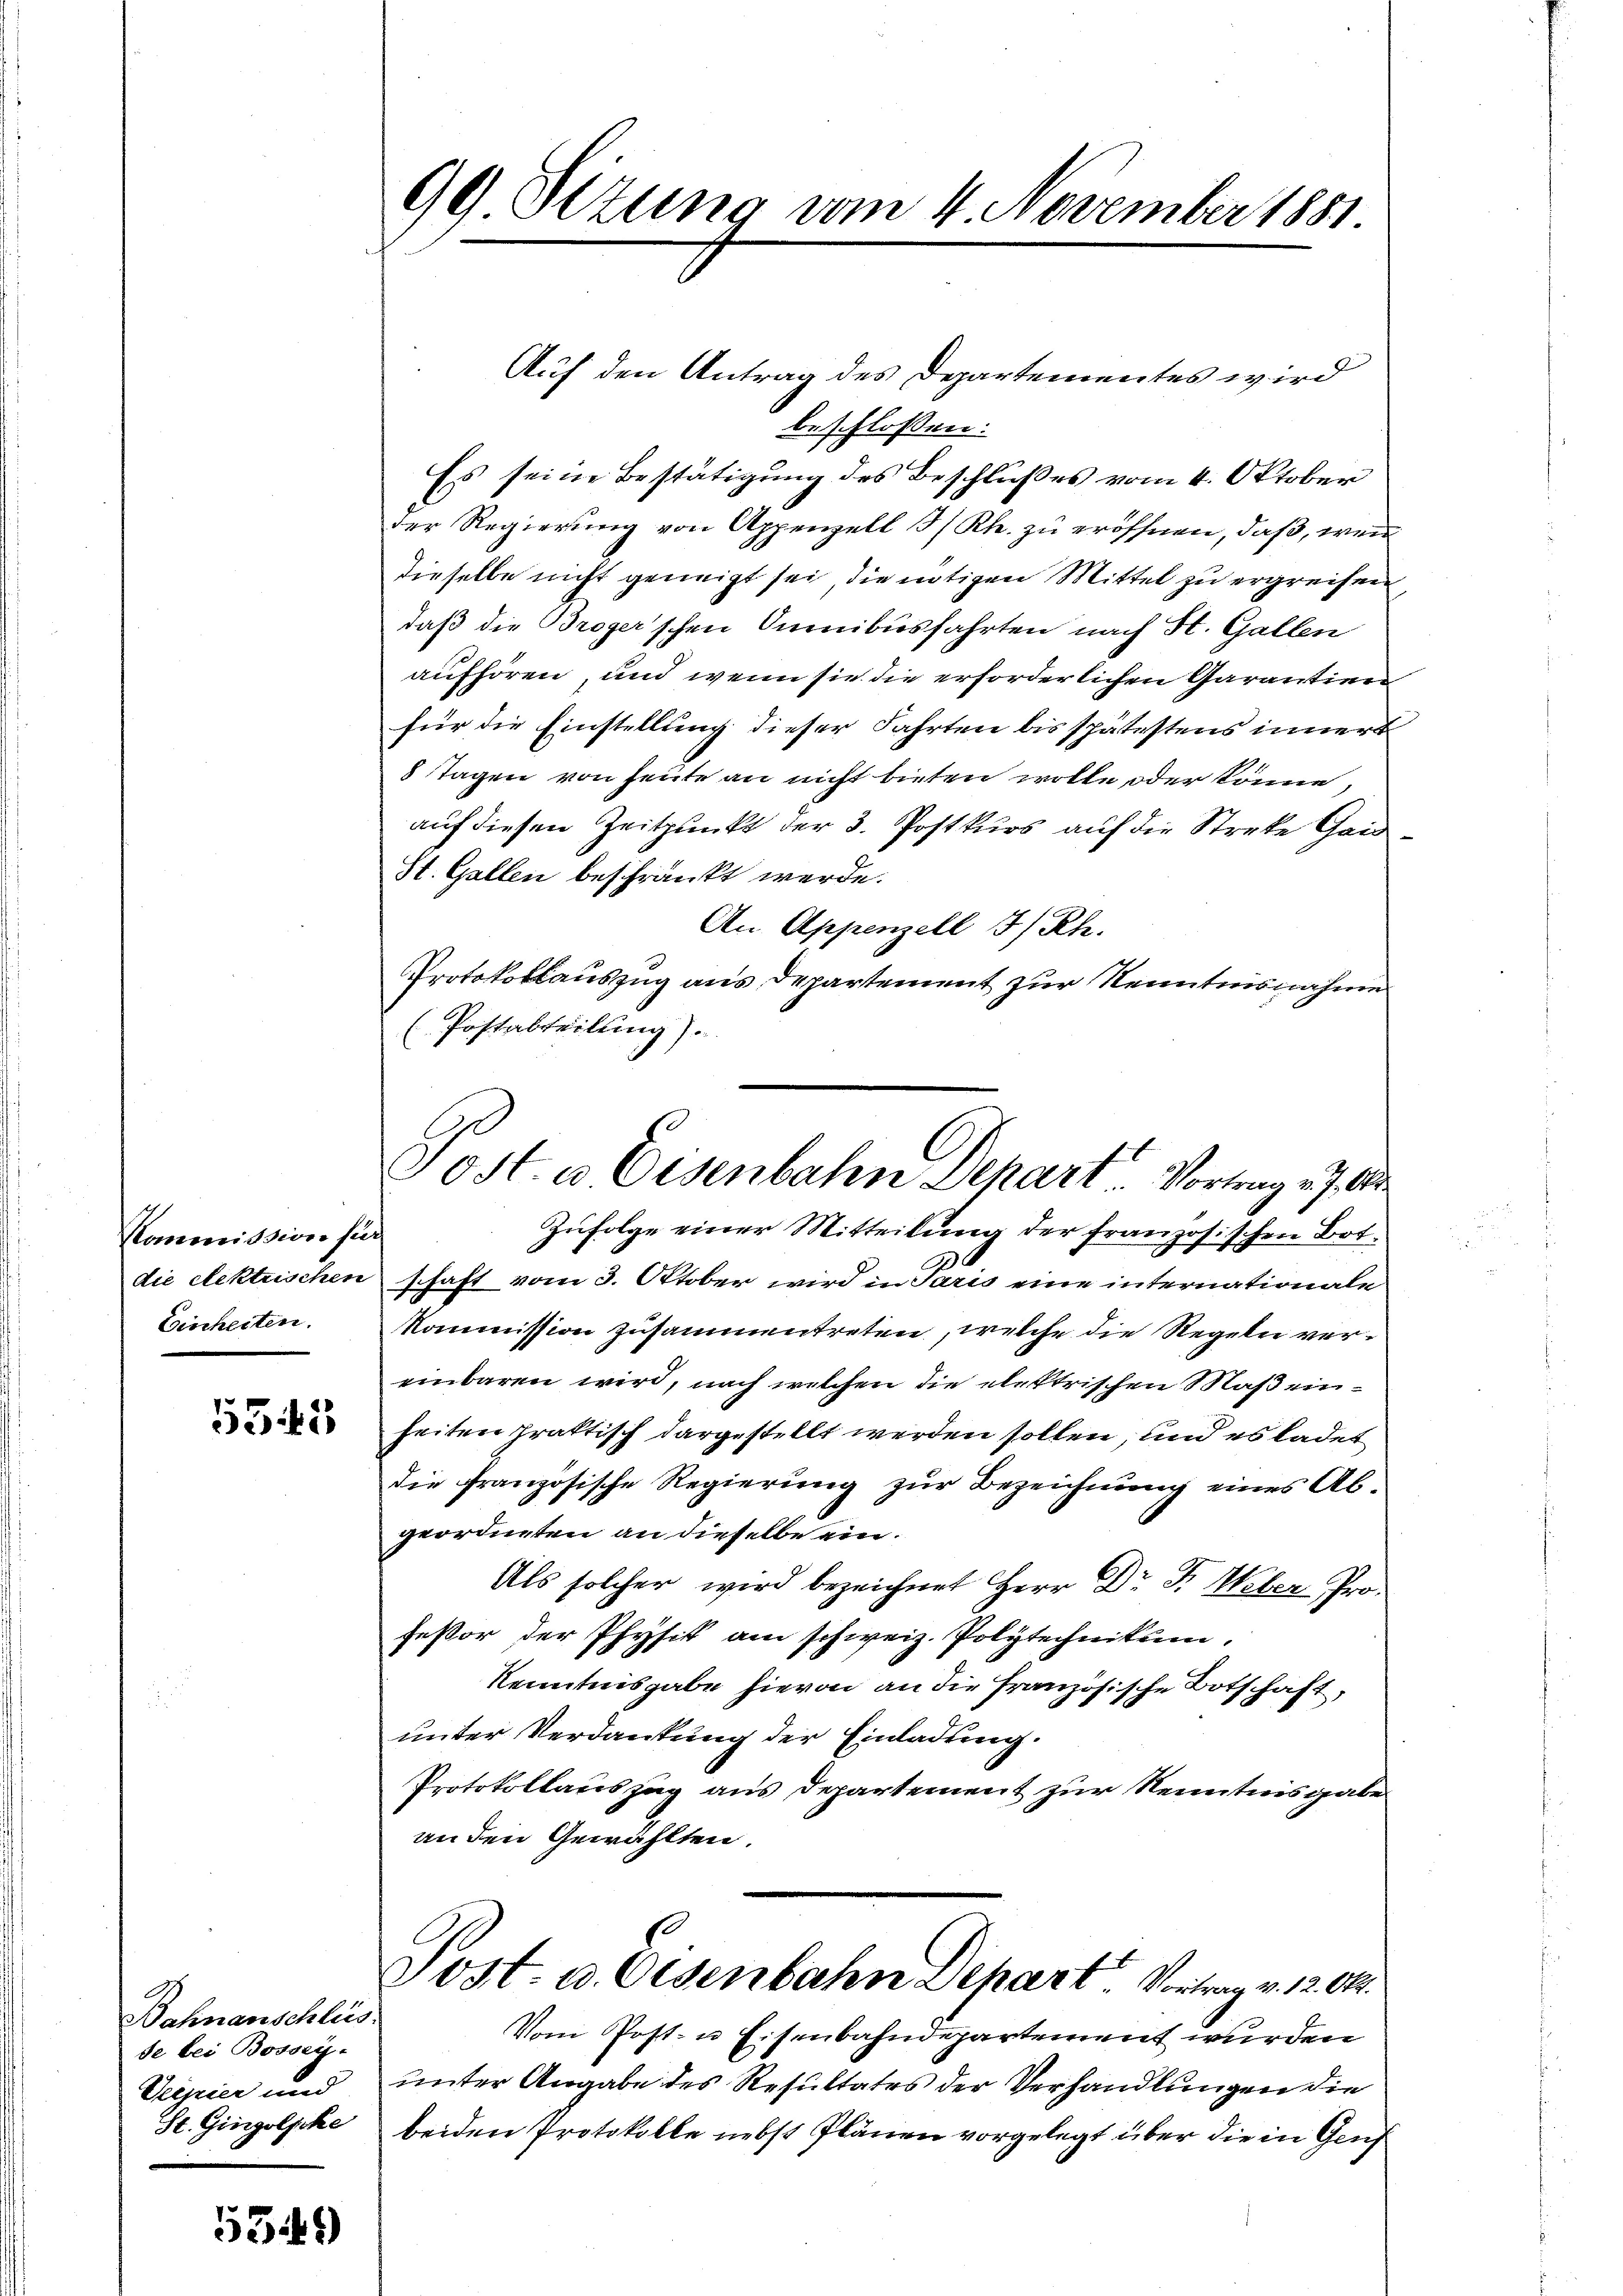
Kommission für
die elektrischen
Einheiten.

535

Bahnanschlus
se bei Bosszy-
Venier und
St. Gingolpke

5349)

99 Sizung vom 4. November 1881.

Auf den Antrag des Departementes wird
beschloßen:
Es seine Bestätigung des Beschlußes vom 4. Oktober
der Regierung von Appenzell I/Rh. zu eröffnen, daß, wen
dieselbe nicht geneigt sei, die nötigen Mittel zu ergreifen
daß die Broger'schen Omnibusfahrten nach St. Gallen
aufhören, und wenn sie die erforderlichen Garantien
für die Einstellung dieser Fahrten bis spätestens inner
8 Tagen von heute an nicht bieten wolle, oder könne,
auf diesen Zeitpunkt der 3. Postkurs auf die Streke Geid¬
St. Gallen beschränkt werde.
An Appenzell I/Rh.
Protokollauszug aus Departement zur Nenntnisnahme
(Postabteilung).
Zufolge einer Mitteilung der französischen Bot
schaft vom 3. Oktober wird in Paris eine internationale
Kommission zusammentreten, welche die Regeln vereinbaren wird, nach welchen die elektrischen Maßeinheiten praktisch dargestellt werden sollen, und es ladet
die französische Regierung zur Bezeichnung eines Abgeordneten an dieselbe ein.
Als solcher wird bezeichnet Herr Dr. F. Weber Professor der Physik am schweiz. Polytechnikum.
Kenntnisgabe hievon an die französische Botschaft,
unter Verdankung der Einladung.
Protokollauszug aus Departement zur Kenntnisgabe
an den Gewählten.
Sost- u. Osenbahn Depart. Vortrag v. 12. Okt.
Vom Post- u Eisenbahndepartement wurden
unter Angabe des Resultates der Verhandlungen die
beiden Protokolle nebst Plänen vorgelegt über die in Genf

Tost. a Eisenbahn Depart Vortrag v. 7. A